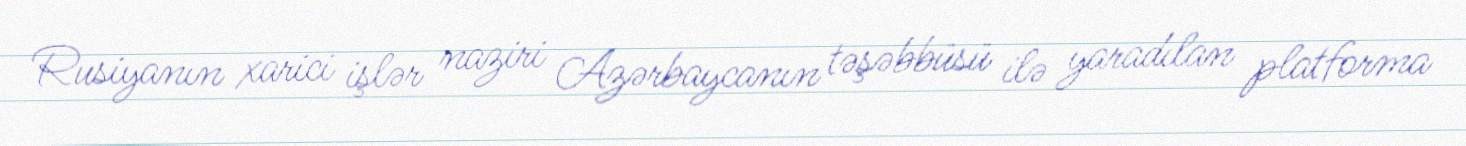
Rusiyanın xarici işlər naziri Azərbaycanın təşəbbüsü ilə yaradılan platforma